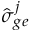
\hat { \sigma } _ { g e } ^ { j }